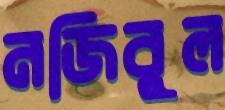
নজিবুল